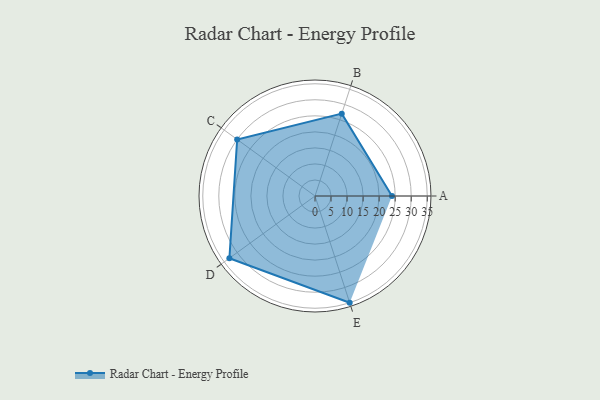
{"axis": {"x": "Skill", "y": "Score"}, "legend": ["Profile"], "data": [{"x": "A", "y": 24.0, "type": "Profile"}, {"x": "B", "y": 27.0, "type": "Profile"}, {"x": "C", "y": 30.0, "type": "Profile"}, {"x": "D", "y": 33.0, "type": "Profile"}, {"x": "E", "y": 35.0, "type": "Profile"}]}